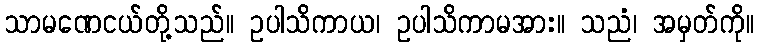
သာမဏေငယ်တို့သည်။ ဥပါသိကာယ၊ ဥပါသိကာမအား။ သညံ၊ အမှတ်ကို။